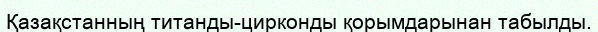
Қазақстанның титанды-цирконды қорымдарынан табылды.